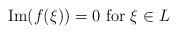
LaTeX: \begin{align*}{\rm Im}(f(\xi)) = 0 {\rm\ for\ } \xi\in L\end{align*}